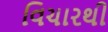
વિચારથી